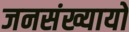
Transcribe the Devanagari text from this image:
जनसंख्यायों